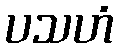
ပသဟံ